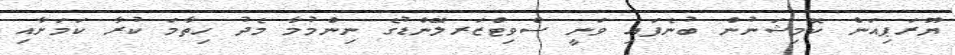
ޔޫރަޕިއަން ކޮމިޝަނުން ބުނެފައި ވަނީ ސްވިޓްޒަރލޭންޑުގެ ނިންމުމާ މެދު ހިތާމަ ކުރާ ކަމަށާއި